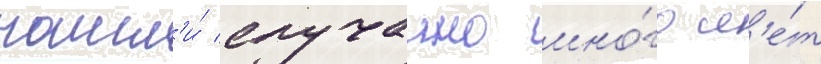
нашл'и́ случаино мно́го л'е́т